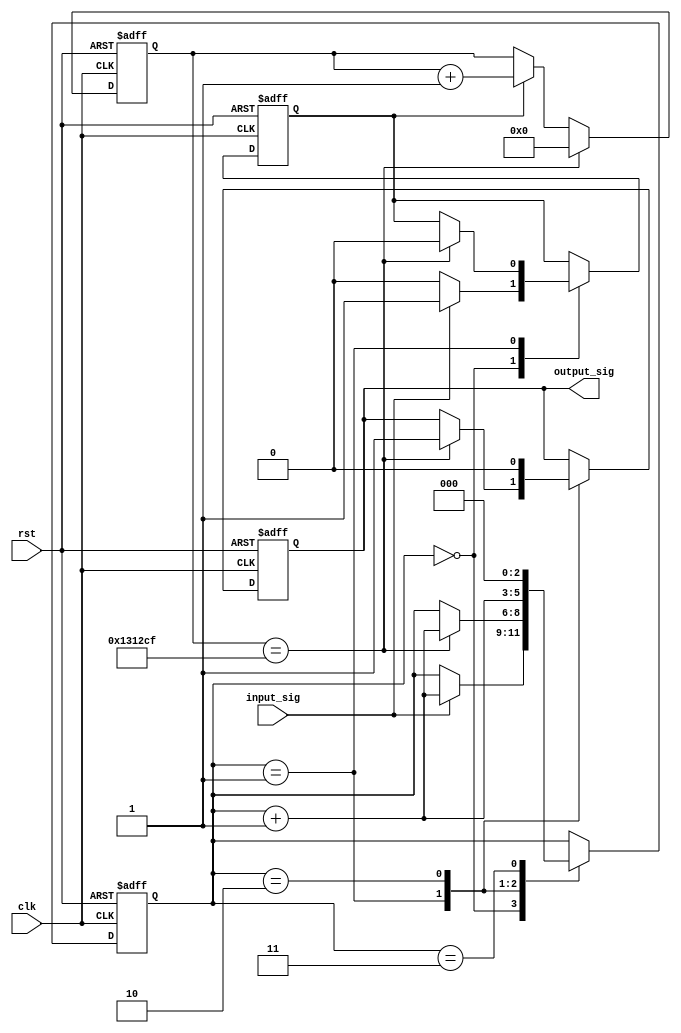

module button_delay(
  clk,rst,input_sig,output_sig
    );
   input clk,rst;
   input input_sig;
   output output_sig;

   parameter T10MS=1_249_999;

   reg [20:0]count;
   reg count_sig;
   reg r_output;

   always @(posedge clk,posedge rst)
   begin 
    if(rst) begin  count<=0; end 
    else if(count==T10MS) begin  count<=0;  end 
    else if(count_sig) begin count<=count+1; end
   end 

   reg [2:0]mode;
   
   always @(posedge clk,posedge  rst)
   begin
    if(rst) begin mode<=0; count_sig<=0;  r_output<=0;end 
    else begin 
      case(mode)

      3'd0:if(input_sig)begin count_sig<=1; mode<=mode+1;end else begin count_sig<=0; end 
      3'd1:if(count==T10MS) begin r_output<=1; count_sig<=0; mode<=mode+1; end
      3'd2: begin  mode<=mode+1; r_output<=0;  end 
      3'd3: mode<=0;
      endcase 

end     
   end 

   assign output_sig=r_output;

endmodule